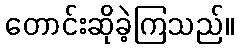
တောင်းဆိုခဲ့ကြသည်။